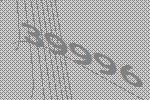
39996